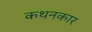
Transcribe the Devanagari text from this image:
कथनकार